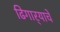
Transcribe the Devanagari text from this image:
ढिगार्‍याचे